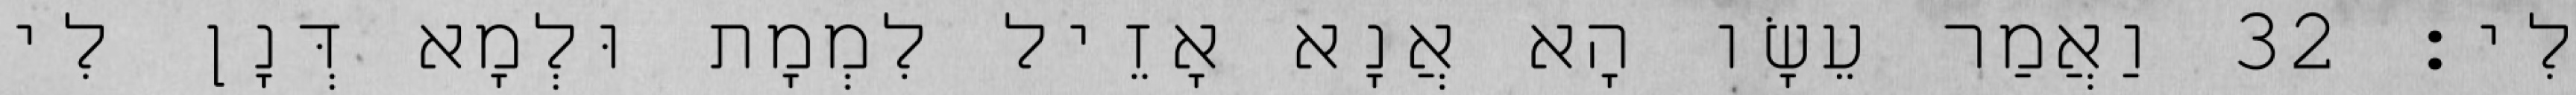
לִי׃ 32 וַאֲמַר עֵשָׂו הָא אֲנָא אָזֵיל לִמְמָת וּלְמָא דְּנָן לִי